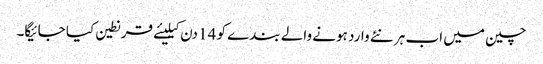
چین میں اب ہر نئے وارد ہونے والے بندے کو 14 دن کیلیئے قرنطین کیا جائیگا۔